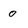
Character: 0